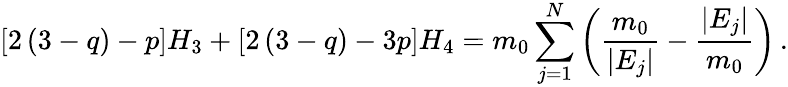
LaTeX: \left[2\left(3-q\right)-p\right]H_{3}+\left[2\left(3-q\right)-3p\right]H_{4}=m_{0}\sum_{j=1}^{N}\left(\frac{m_{0}}{\vert E_{j}\vert}-\frac{\vert E_{j}\vert}{m_{0}}\right)\, .